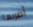
أضربها